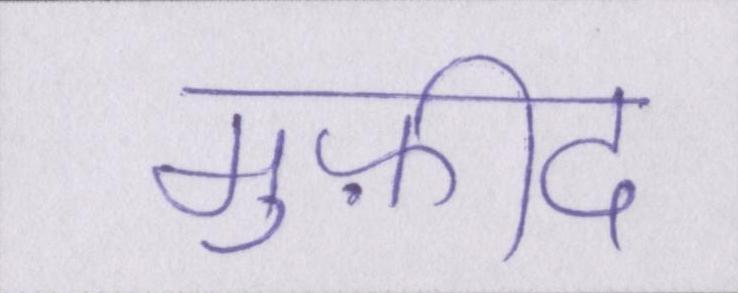
मुफ़ीद